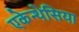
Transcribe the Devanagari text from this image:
एकेन्थेसिया